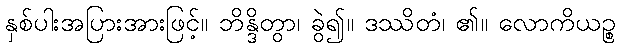
နှစ်ပါးအပြားအားဖြင့်။ ဘိန္ဒိတွာ၊ ခွဲ၍။ ဒဿိတံ၊ ၏။ လောကိယဉ္စ